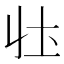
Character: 𭍼